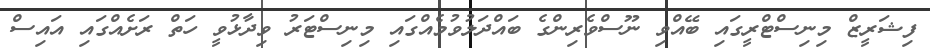
ފިޝަރީޒް މިނިސްޓްރީގައި ބޭއްވި ނޫސްވެރިންގެ ބައްދަލުވުމެއްގައި މިނިސްޓަރު ވިދާޅުވީ ހަތް ރަށެއްގައި އައިސް